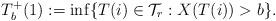
LaTeX: \begin{align*}T_b^+(1) := \inf \lbrace T(i) \in \mathcal{T}_r : X(T(i)) > b \rbrace.\end{align*}